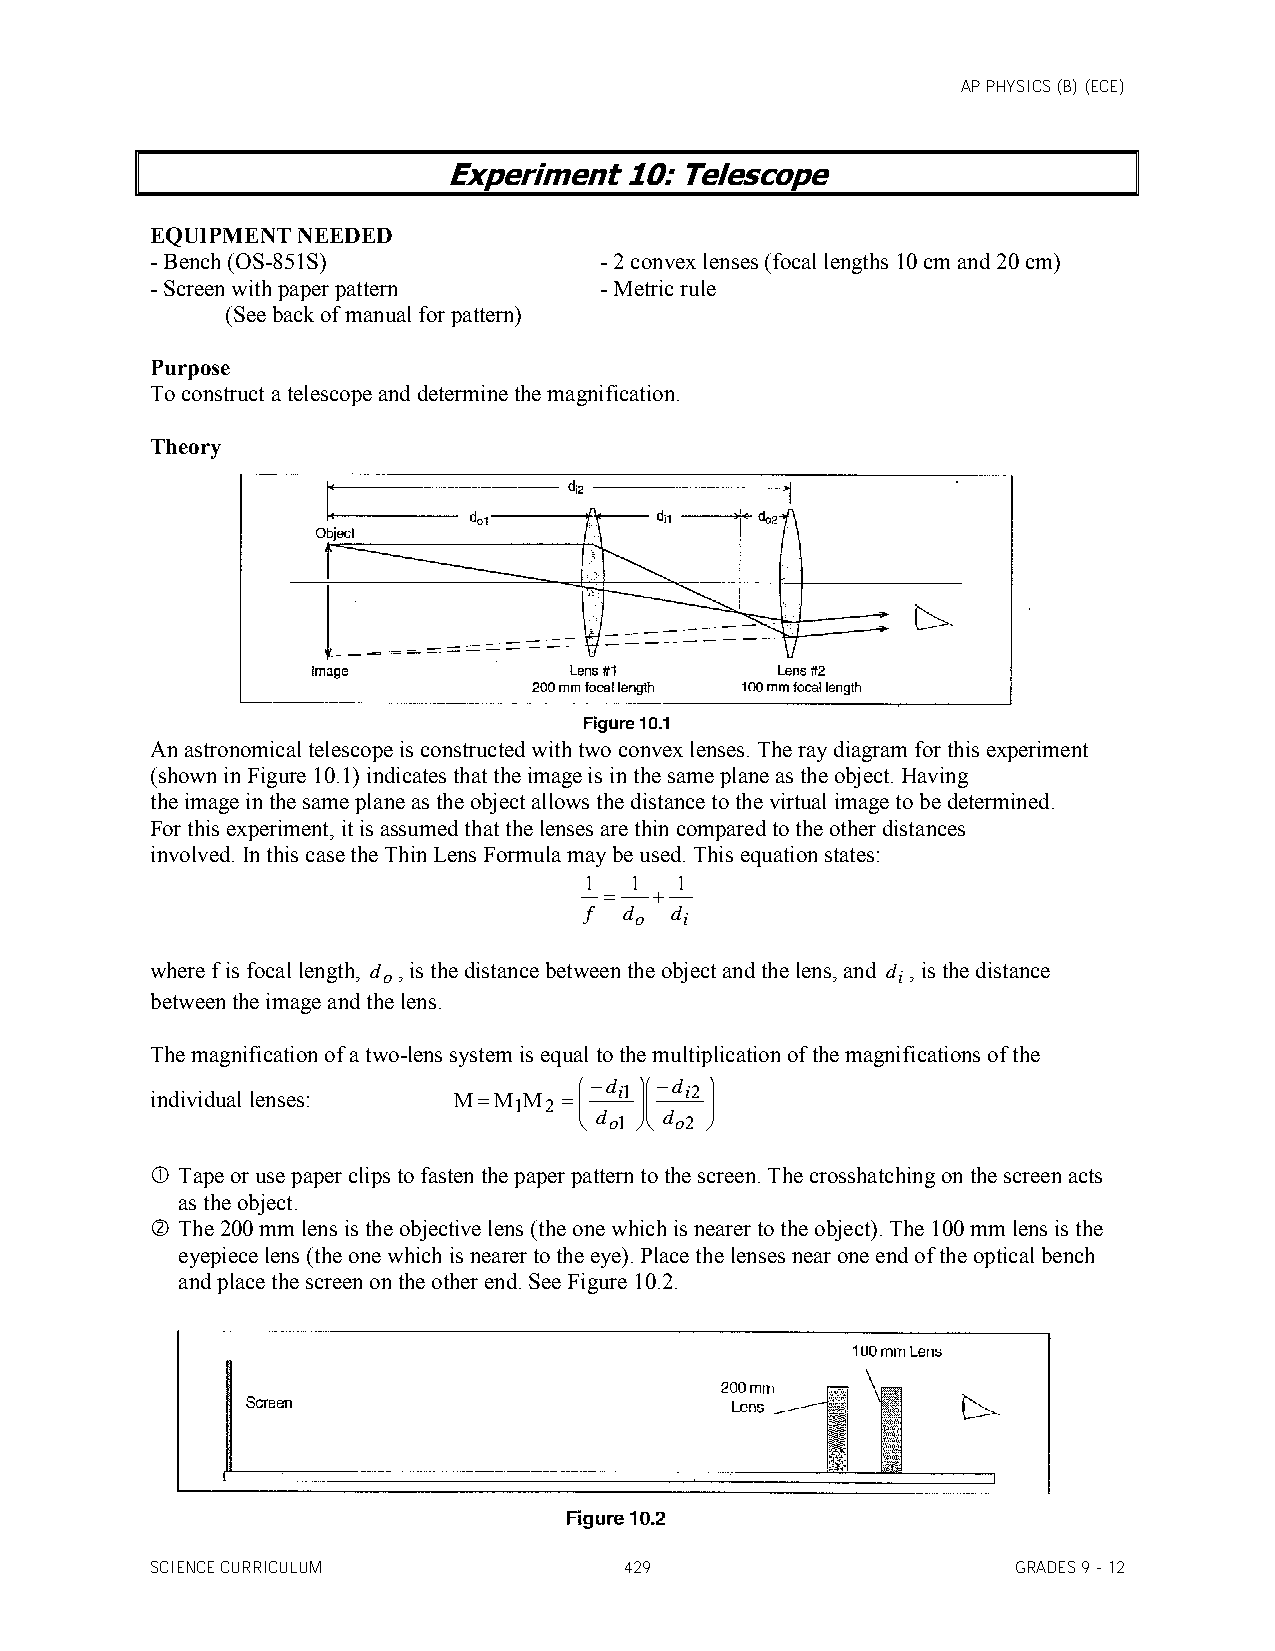
AP PHYSICS (B) (ECE)
 Experiment 10: Telescope
 EQUIPMENT NEEDED
 - Bench (OS-851S)             - 2 convex lenses (focal lengths 10 cm and 20 cm)
 - Screen with paper pattern   - Metric rule
 (See back of manual for pattern)
 Purpose
 To construct a telescope and determine the magnification.
 Theory
 An astronomical telescope is constructed with two convex lenses. The ray diagram for this experiment
 (shown in Figure 10.1) indicates that the image is in the same plane as the object. Having
 the image in the same plane as the object allows the distance to the virtual image to be determined.
 For this experiment, it is assumed that the lenses are thin compared to the other distances
 involved. In this case the Thin Lens Formula may be used. This equation states:
 1  1  1
   
 f d  d
 o  i
 where f is focal length, d , is the distance between the object and the lens, and d , is the distance
 o                                 i
 between the image and the lens.
 The magnification of a two-lens system is equal to the multiplication of the magnifications of the
 d d 
 individual lenses:       i1 i2 
 1 2       
  d o1  d o2 
  Tape or use paper clips to fasten the paper pattern to the screen. The crosshatching on the screen acts
 as the object.
  The 200 mm lens is the objective lens (the one which is nearer to the object). The 100 mm lens is the
 eyepiece lens (the one which is nearer to the eye). Place the lenses near one end of the optical bench
 and place the screen on the other end. See Figure 10.2.
 SCIENCE CURRICULUM             429                       GRADES 9 - 12